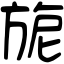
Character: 旎